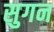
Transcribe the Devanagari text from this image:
सुगन